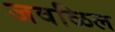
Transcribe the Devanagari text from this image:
जवळिल